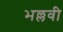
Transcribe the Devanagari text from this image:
भल्लवी